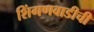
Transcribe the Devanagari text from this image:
शिंगणवाडीची